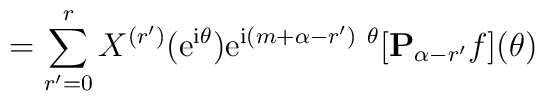
= \sum_{r'=0}^r X^{(r')}({\rm e}^{{\rm i}\theta}){\rm e}^{{\rm i}(m+\alpha - r')\ {\theta}} [{\bf P}_{\alpha - r'}{f}](\theta)